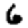
Digit: 6